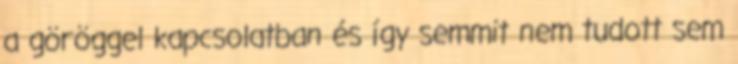
a göröggel kapcsolatban és így semmit nem tudott sem